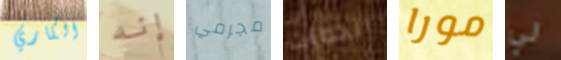
الكاري إنه مجرمي الجوازات مورا لي